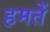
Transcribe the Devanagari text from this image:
हमतें